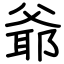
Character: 爺